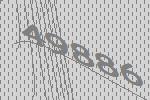
49886